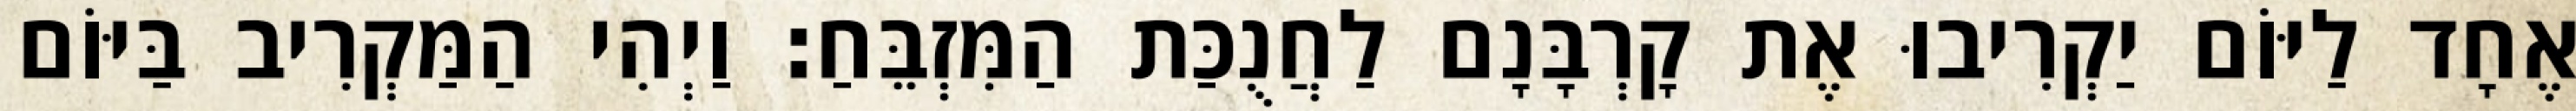
אֶחָד לַיּוֹם יַקְרִיבוּ אֶת קָרְבָּנָם לַחֲנֻכַּת הַמִּזְבֵּחַ׃ וַיְהִי הַמַּקְרִיב בַּיּוֹם